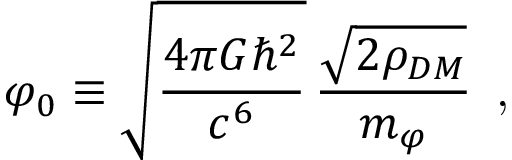
\varphi _ { 0 } \equiv \sqrt { \frac { 4 \pi G \hbar ^ { 2 } } { c ^ { 6 } } } \, \frac { \sqrt { 2 \rho _ { D M } } } { m _ { \varphi } } \, \textrm { , }